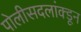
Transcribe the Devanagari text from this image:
पोलीसदलांक्डून